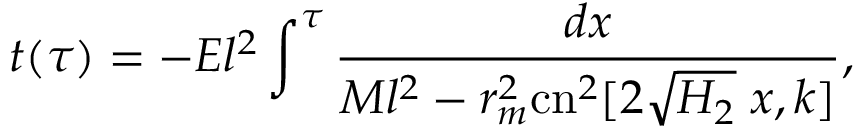
t ( \tau ) = - E l ^ { 2 } \int ^ { \tau } \frac { d x } { M l ^ { 2 } - r _ { m } ^ { 2 } \mathrm { c n } ^ { 2 } [ 2 \sqrt { H _ { 2 } } \; x , k ] } ,